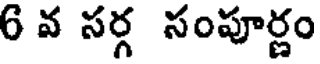
6 వ సర్గ సంపూర్ణం